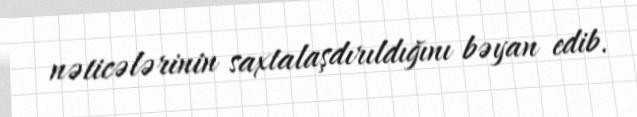
nəticələrinin saxtalaşdırıldığını bəyan edib.